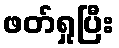
ဖတ်ရှုပြီး